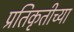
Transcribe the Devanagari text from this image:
प्रतिकृतीच्या